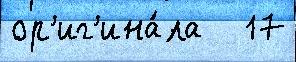
ор'иг'ина́ла   17